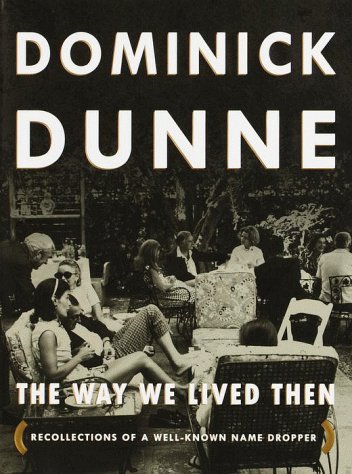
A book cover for The Way We Lived Then : Recollections of a Well-Known Name Dropper; Dominick Dunne; Biographies & Memoirs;